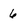
Character: 6